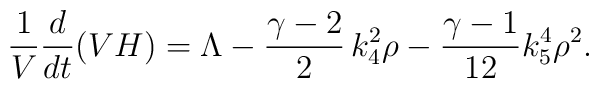
\frac1{V} \frac{d}{dt} (VH) = \Lambda - \frac{\gamma-2}2 \, k_4^2\rho - \frac{\gamma-1}{12} k_5^4 \rho^2.